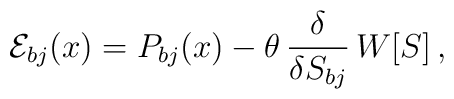
{\cal E}_{bj}(x) =P_{bj}(x) - \theta \, \frac{\delta}{\delta S_{bj}}\, W[S]\,,